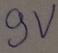
Text: 9V